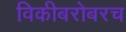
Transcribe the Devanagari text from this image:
विकीबरोबरच